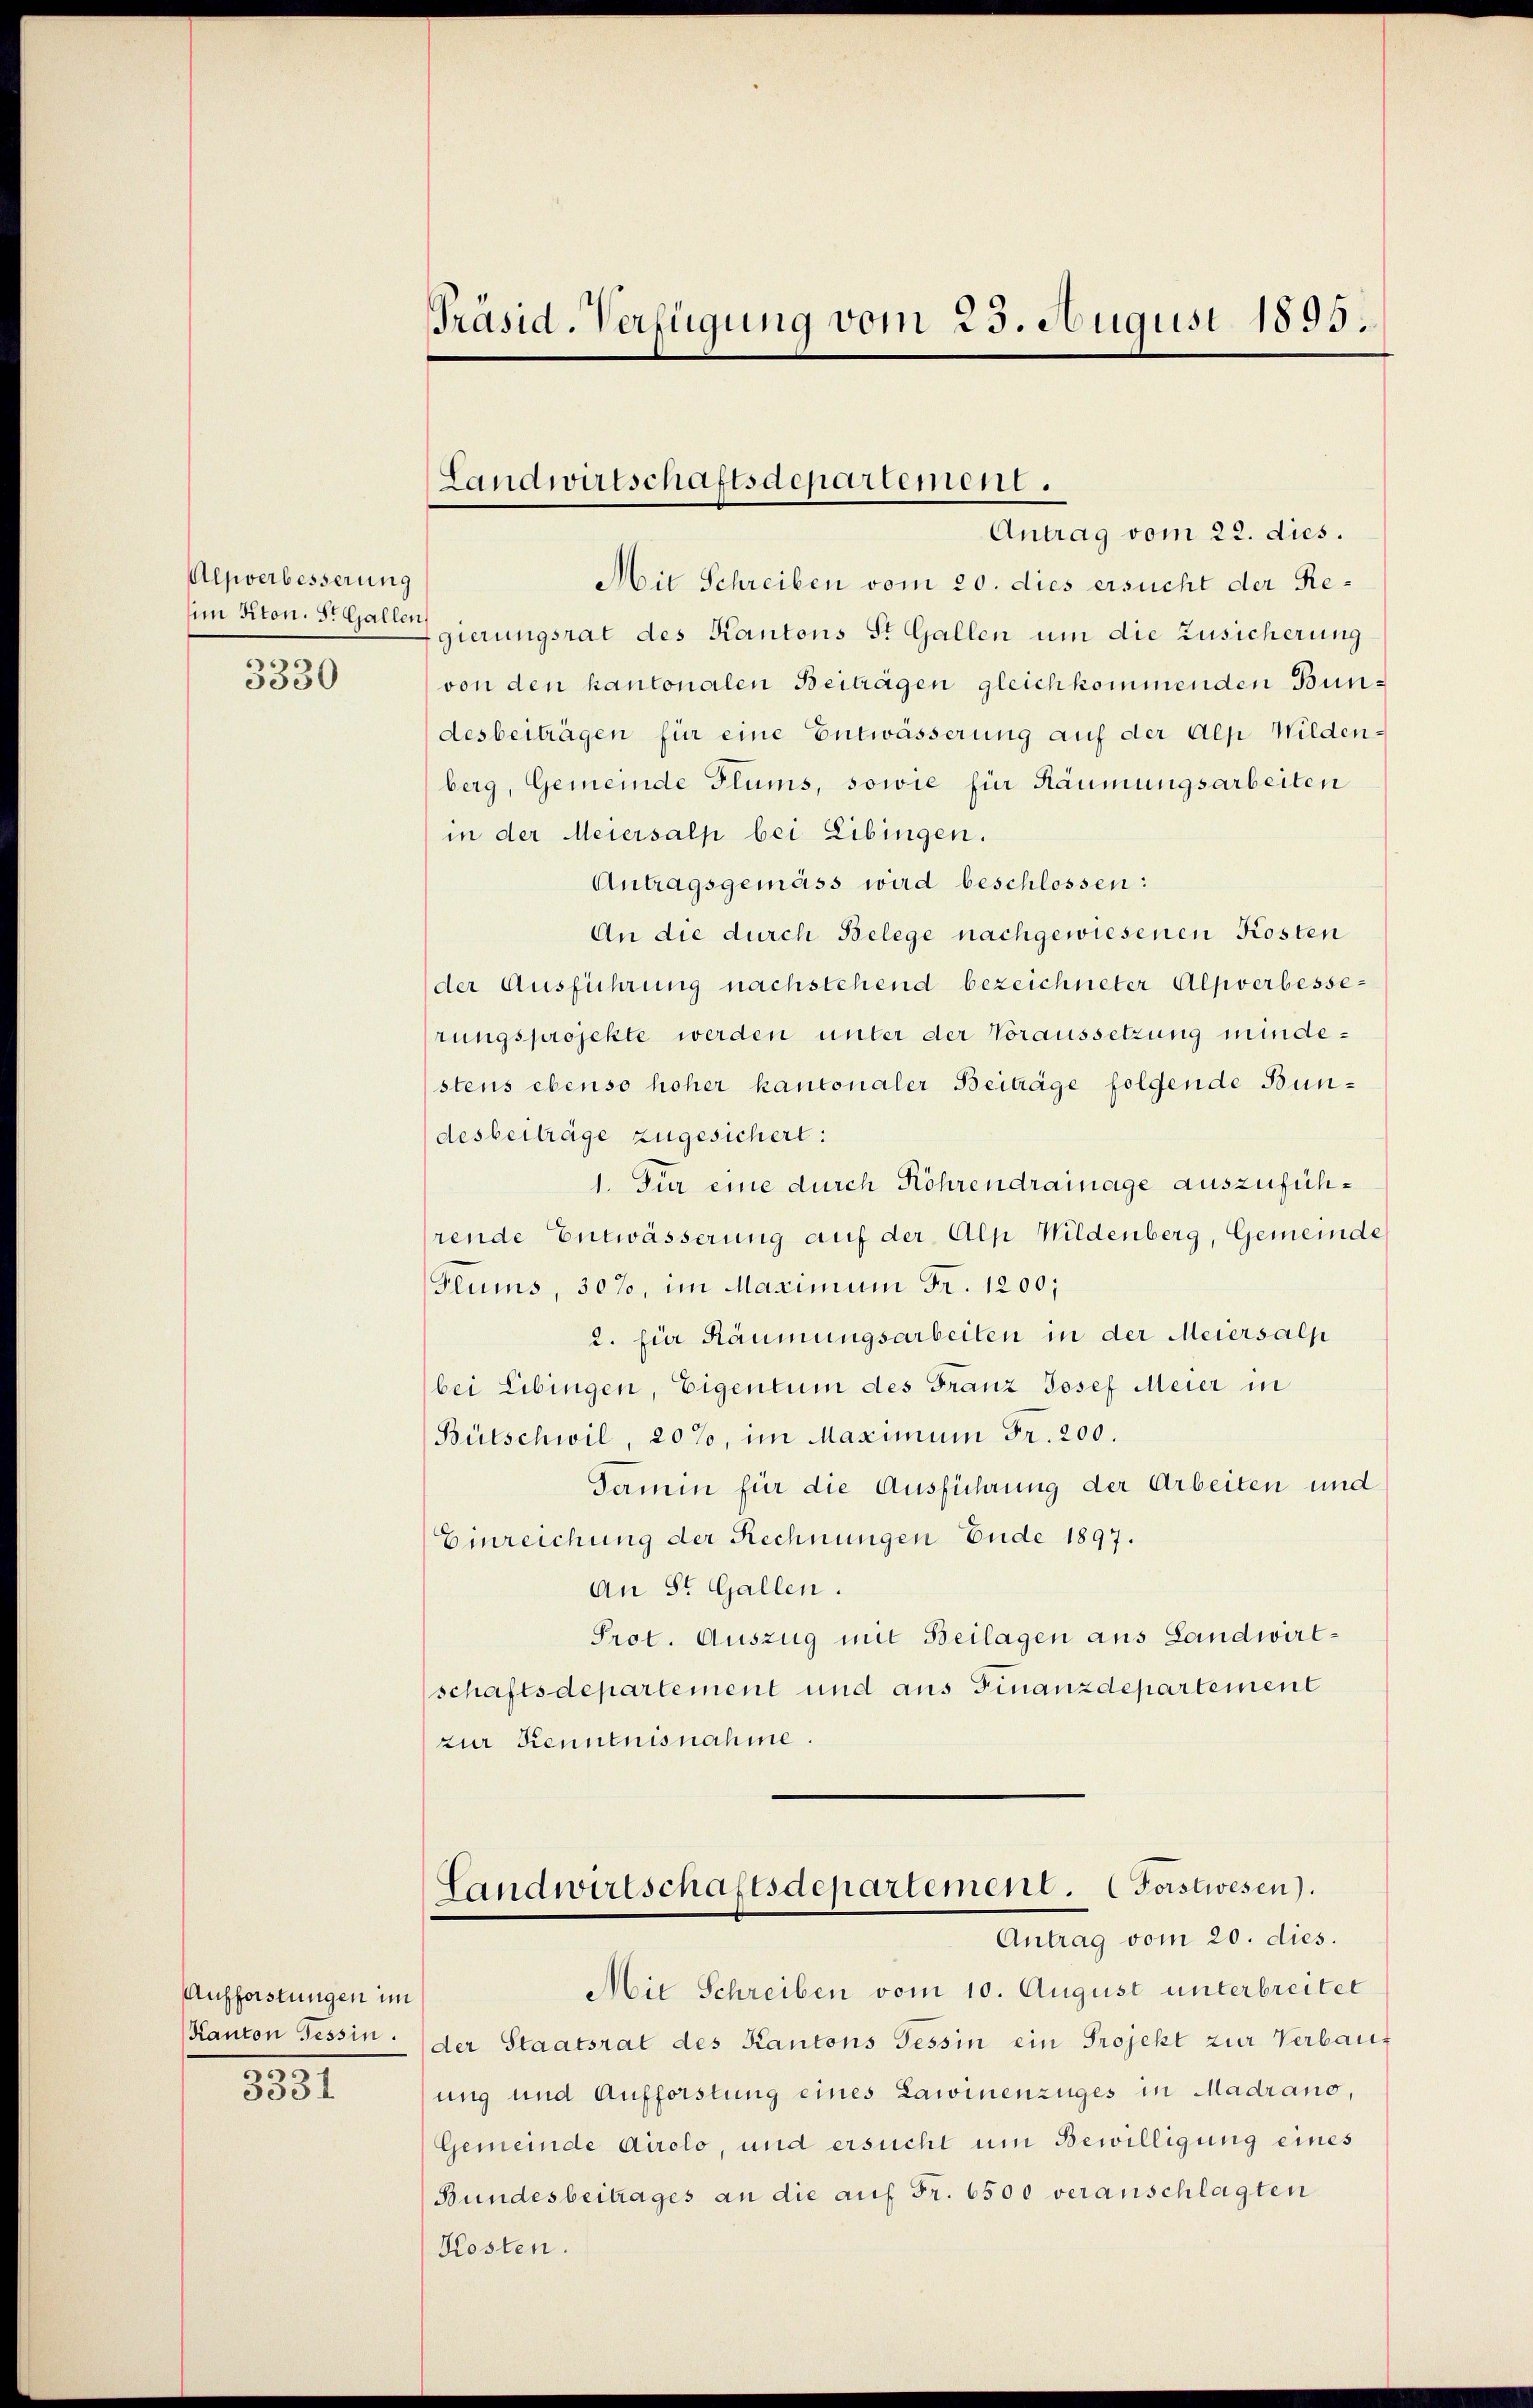
Alpverbesserung
E Niton. St. Gallen,
3330

Aufforstungen im
Kanton Tessin.
3331

Präsid. Verfügung vom 23. August 1895.

Mit Schreiben vom 20. dies ersucht der Regierungsrat des Kantons St. Gallen um die Zusicherung
von den kantonalen Beiträgen gleich kommenden Bundesbeiträgen für eine Entwässerung auf der Alp Wildenberg, Gemeinde Plums, sowie für Räumungsarbeiten
in der Meiersalp bei Eibingen.
Antragsgemäss wird beschlossen:
An die durch Belege nachgewiesenen Kosten
der Ausführung nachstehend bezeichneter Alpverbesserungsprojekte werden unter der Voraussetzung mindestens ebenso hoher kantonaler Beiträge folgende Bundesbeiträge zugesichert:
1. Für eine durch Röhrendrainage auszuführende Entwässerung auf der Alp Wildenberg, Gemeinde
Flums, 30%, im Maximum Fr. 1200;
2. für Räumungsarbeiten in der Meiersalp
bei Eibingen, Eigentum des Franz Josef Meier in
Bütschwil, 20%, im Maximum Fr. 200.
Termin für die Ausführung der Arbeiten und
Einreichung der Rechnungen Ende 1897.
An St. Gallen.
Prot. Auszug mit Beilagen aus Landwirtschaftsdepartement und aus Finanzdepartement
zur Kenntnisnahme.

Landwirtschaftsdepartement.
Antrag vom 22. dies.

Landwirtschaftsdepartement. (Forstwesen).
Antrag vom 20. dies.

Mit Schreiben vom 10. August unterbreitet
der Staatsrat des Kantons Tessin ein Projekt zur Verbauung und Aufforstung eines Lawinenzuges in Madrano,
Gemeinde Airolo, und ersucht um Bewilligung eines
Bundesbeitrages an die auf Fr. 6500 veranschlagten
Kosten.